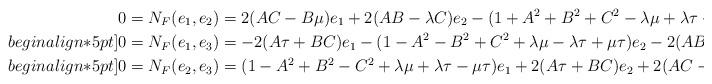
LaTeX: \begin{align*}0=N_F(e_1,e_2)&= 2(AC-B\mu)e_1+2(AB-\lambda C)e_2-(1+A^2+B^2+C^2-\lambda\mu+\lambda\tau+\mu\tau)e_3,\\begin{align*}5pt]0=N_F(e_1,e_3)&=-2(A\tau+BC)e_1-(1-A^2-B^2+C^2+\lambda\mu-\lambda\tau+\mu\tau)e_2-2(AB-\lambda C)e_3,\\begin{align*}5pt]0=N_F(e_2,e_3)&=(1-A^2+B^2-C^2+\lambda\mu+\lambda\tau-\mu\tau)e_1+2(A\tau+BC)e_2+2(AC-B\mu)e_3.\end{align*}